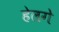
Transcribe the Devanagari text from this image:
हेलगे